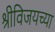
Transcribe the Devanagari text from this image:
श्रीविजयच्या